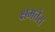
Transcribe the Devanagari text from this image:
क्षमतेस